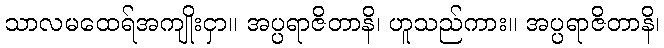
သာလမထေရ်အကျိုးငှာ။ အပ္ပရာဇိတာနိ၊ ဟူသည်ကား။ အပ္ပရာဇိတာနိ၊